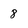
Character: 8